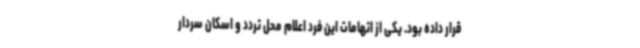
قرار داده بود. یکی از اتهامات این فرد اعلام محل تردد و اسکان سردار